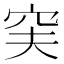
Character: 𥥂